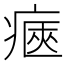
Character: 𤷾